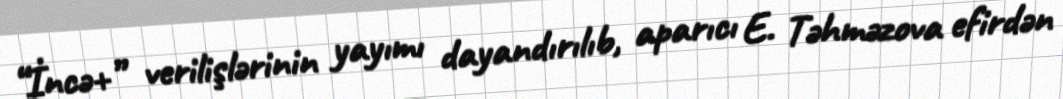
“İncə+” verilişlərinin yayımı dayandırılıb, aparıcı E. Təhməzova efirdən